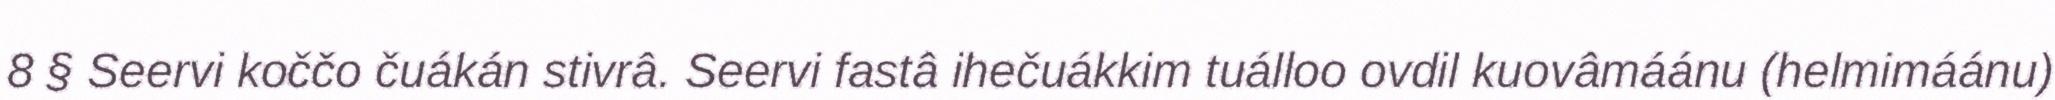
8 § Seervi koččo čuákán stivrâ. Seervi fastâ ihečuákkim tuálloo ovdil kuovâmáánu (helmimáánu)